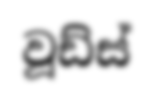
වූඩ්ස්